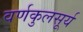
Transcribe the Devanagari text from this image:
वर्णकुलसूर्य